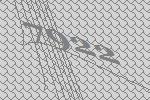
7922